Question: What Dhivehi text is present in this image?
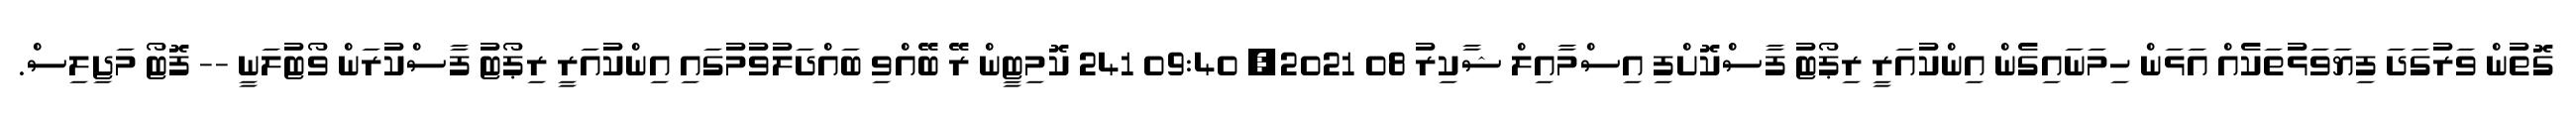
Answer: ގޮތުން ވަރުގަދަ ފިޔަވަޅުތަކެއް އަޅަން ހިމަނައިގެން އިންކުއަރީ ރިޕޯޓު ފާސްކޮށްފި އިސްމާއިލް ޝާކިރު 08 2021, 09:40 241 ކޮމިޓީން ރޭ ބޭއްވި ބައްދަލުވުމުގައި އިންކުއަރީ ރިޕޯޓު ފާސްކުރަން ވޯޓުލަނީ -- ފޮޓޯ މަޖިލިސް.